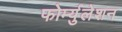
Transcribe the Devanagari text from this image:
फोर्म्युलेशन